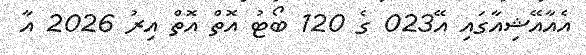
އެއާއޭޝިއާގައި އޭ023 ގެ 120 ބޯޓު އޮތް އޮތް އިރު 2026 އާ